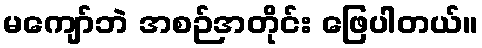
မကျော်ဘဲ အစဉ်အတိုင်း ဖြေပါတယ်။